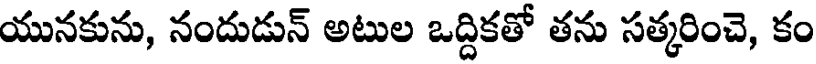
యునకును, నందుడున్ అటుల ఒద్దికతో తను సత్కరించె, కం